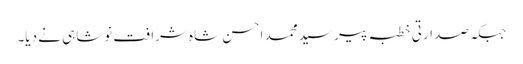
جبکہ صدارتی خطبہ پیر سید محمد احسن شاہ شرافت نوشاہی نے دیا۔